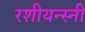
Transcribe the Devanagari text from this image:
रशीयन्स्नी